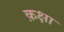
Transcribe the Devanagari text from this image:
क़क्षा